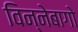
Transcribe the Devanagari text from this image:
विन्नेबागो